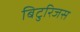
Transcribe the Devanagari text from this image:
बिटुरिजस